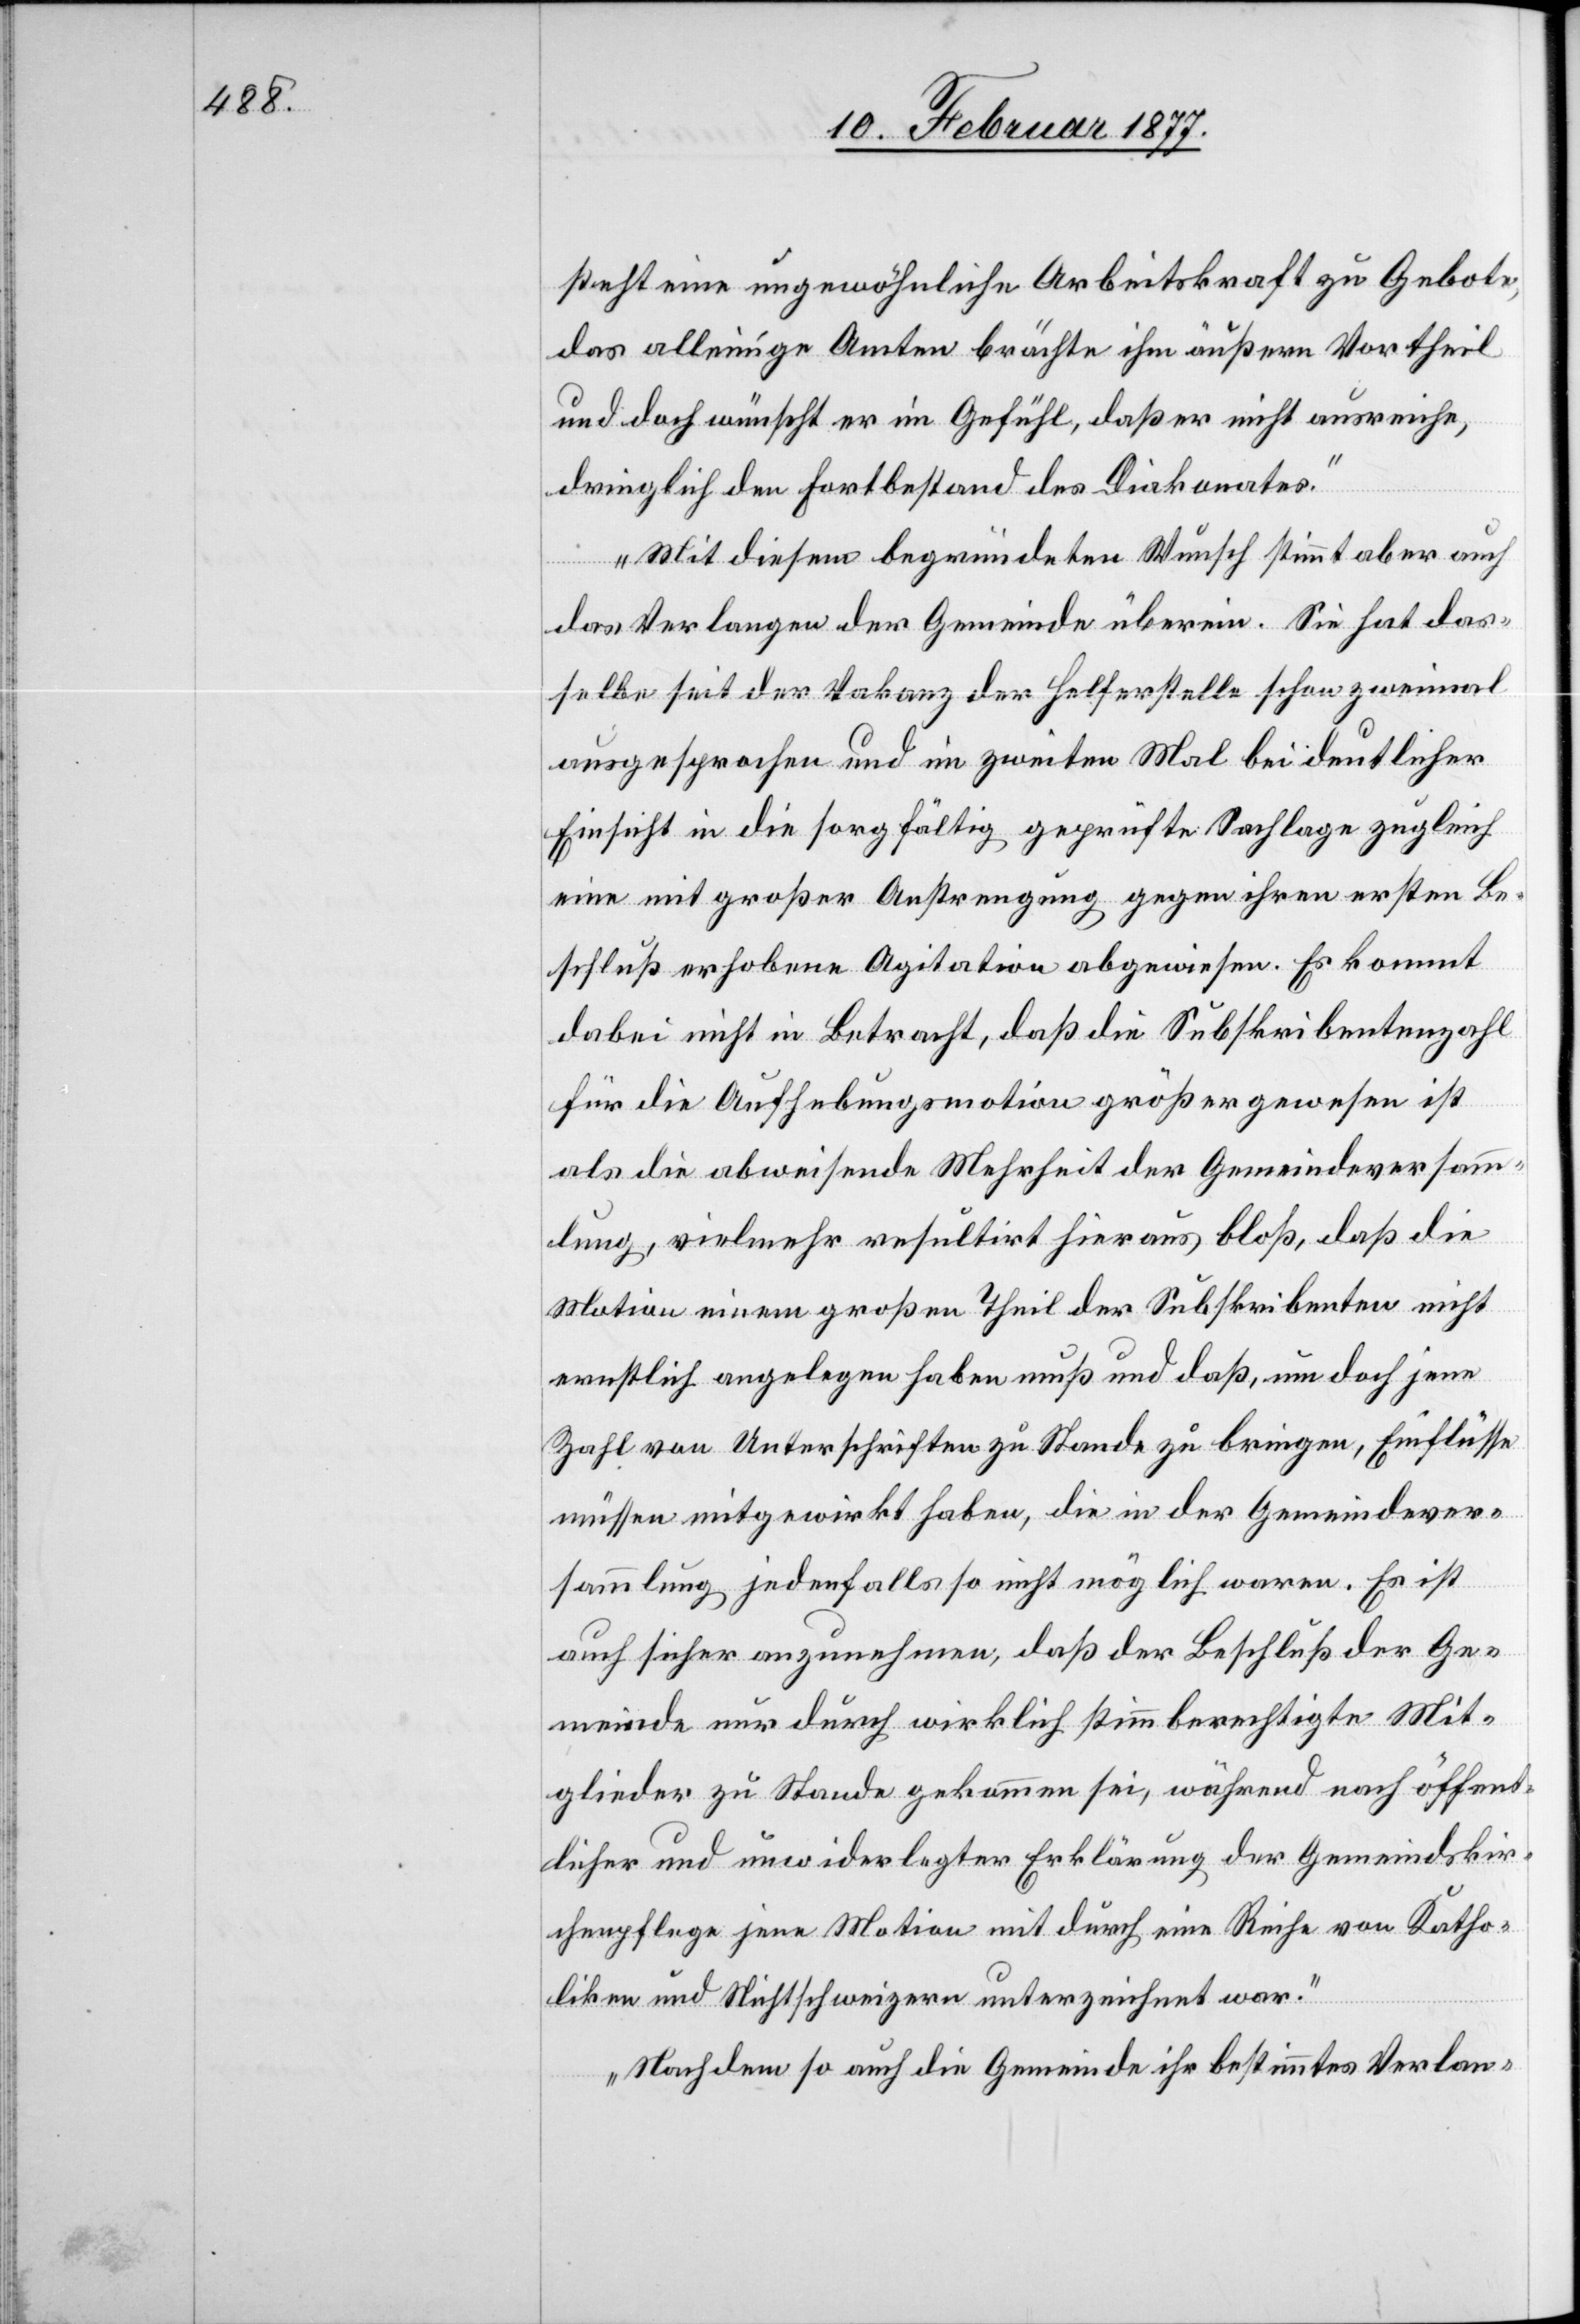
steht eine ungewöhnliche Arbeitskraft zu Gebote,
das alleinige Amten brächte ihm äußern Vortheil
und doch wünscht er im Gefühl, daß er nicht ausreiche,
dringlich den Fortbestand des Diakonates.
Mit diesem begründeten Wunsch stimmt aber auch
das Verlangen der Gemeinde überein. Sie hat das¬
selbe seit der Vakanz der Helferstelle schon zweimal
ausgesprochen und im zweiten Mal bei deutlicher
Einsicht in die sorgfältig geprüfte Sachlage zugleich
eine mit großer Anstrengung gegen ihren ersten Be¬
schluß erhobene Agitation abgewiesen. Es kommt
dabei nicht in Betracht, daß die Subskribentenzahl
für die Aufhebungsmotion größer gewesen ist
als die abweisende Mehrheit der Gemeindeversamm¬
lung, vielmehr resultirt hieraus bloß, daß die
Motion einem großen Theil der Subskribenten nicht
ernstlich angelegen haben muß und daß, um doch jene
Zahl von Unterschriften zu Stande zu bringen, Einflüsse
müssen mitgewirkt haben, die in der Gemeindever¬
sammlung jedenfalls so nicht möglich waren. Es ist
auch sicher anzunehmen, daß der Beschluß der Ge¬
meinde nur durch wirklich stimmberechtigte Mit¬
glieder zu Stande gekommen sei, während nach öffent¬
licher und unwiderlegter Erklärung der Gemeindskir¬
chenpflege jene Motion mit durch eine Reihe von Katho¬
liken und Nichtschweizern unterzeichnet war.
Nachdem so auch die Gemeinde ihr bestimmtes Verlan-